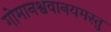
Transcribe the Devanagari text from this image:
गोमानश्ववानयमस्तु